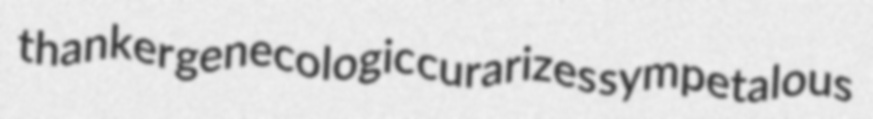
thanker genecologic curarizes sympetalous